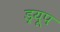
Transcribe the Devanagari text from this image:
ड्रयूप